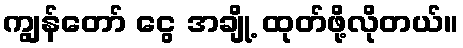
ကျွန်တော် ငွေ အချို့ ထုတ်ဖို့လိုတယ်။